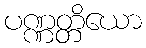
ပဏ္ဏတ္တိယော